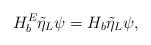
LaTeX: \begin{align*} H_b^E \tilde{\eta}_L \psi = H_b \tilde{\eta}_L \psi,\end{align*}